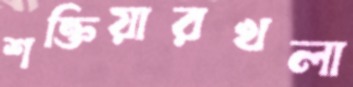
শক্তিয়ারখলা